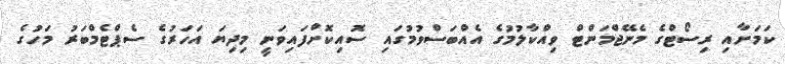
ކަމަށާއި ރިސޯޓްގެ މެނޭޖްމަންޓް ވިއްކާލުމުގެ އެއްބަސްވުމުގައި ސޮއިކޮށްފައިވަނީ މިދިޔަ އަހަރުގެ ސެޕްޓެމްބަރު މަހުގެ